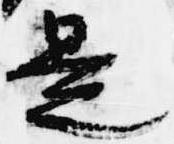
是